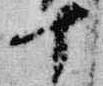
十